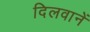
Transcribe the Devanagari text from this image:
दिलवानें